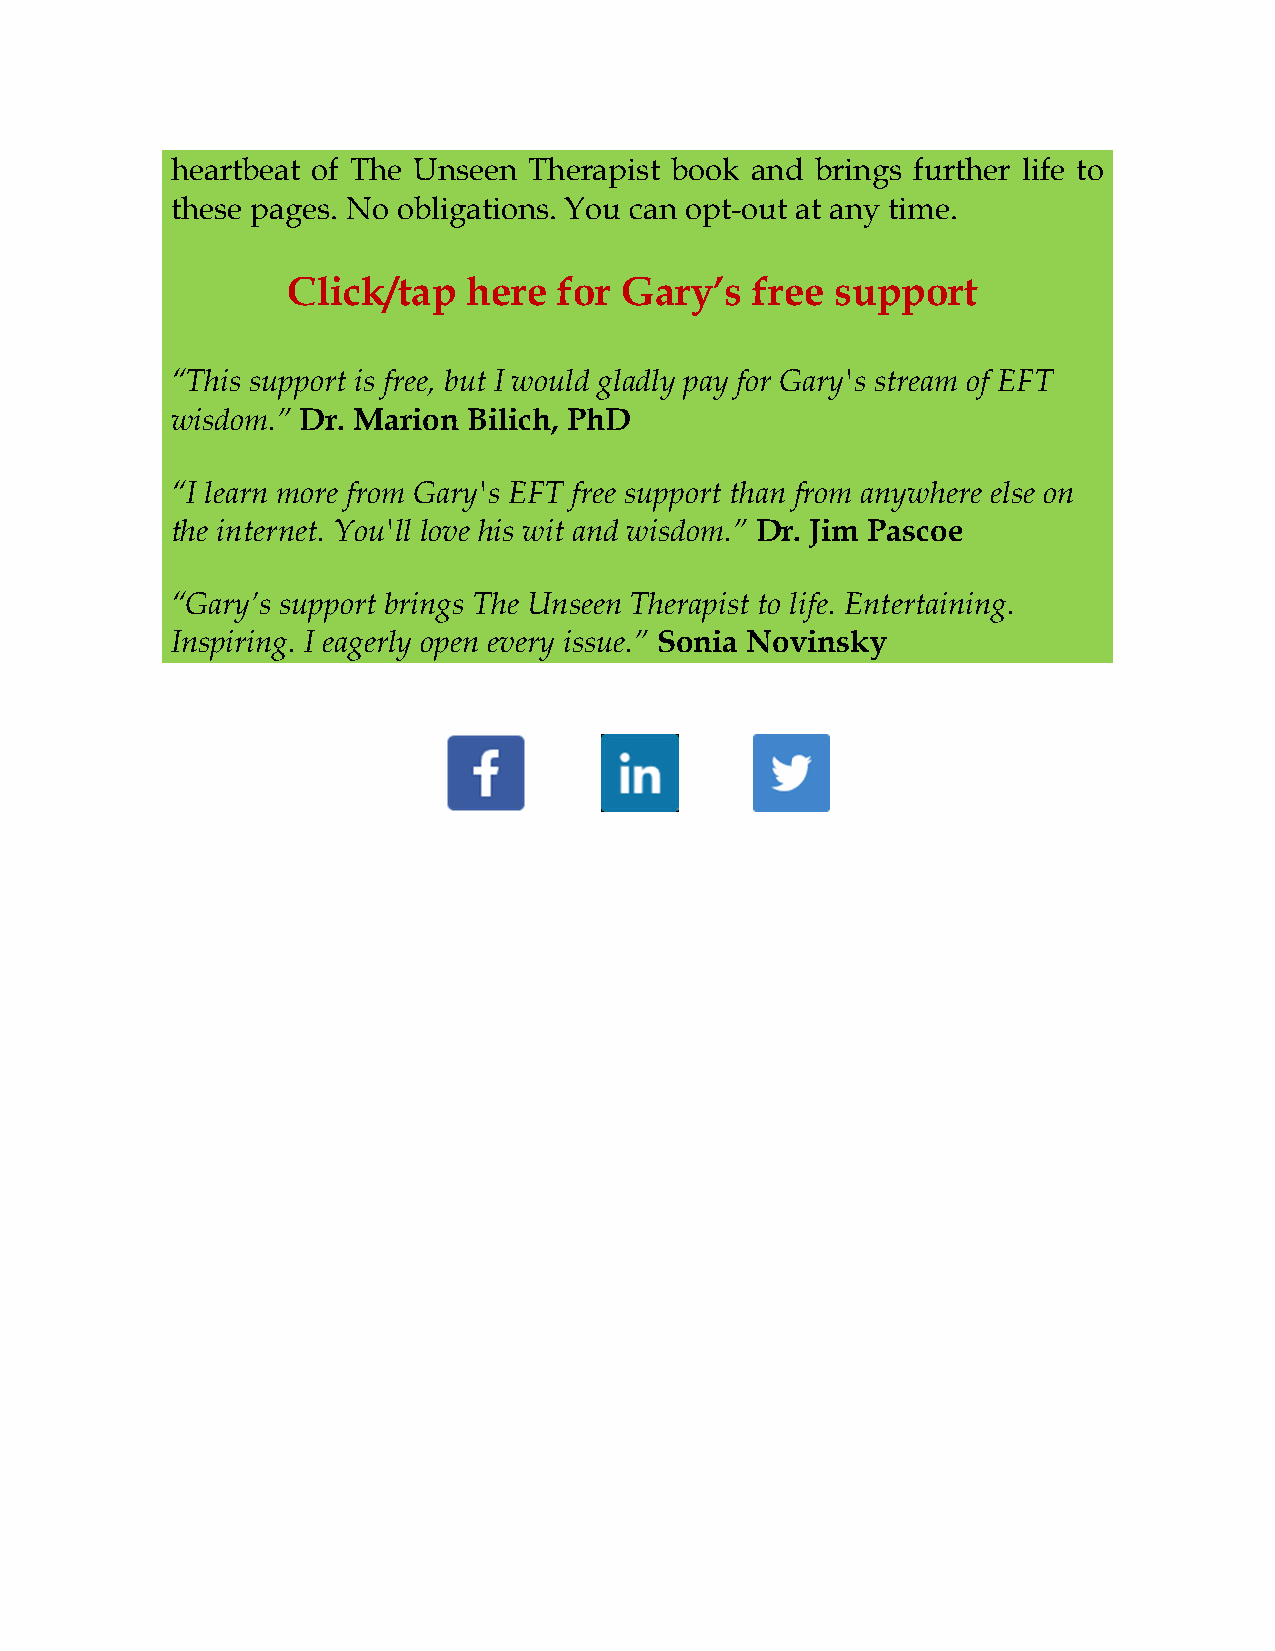
heartbeat of The Unseen Therapist book and brings further life to
 these pages. No obligations. You can opt-out at any time.
 Click/tap   here  for Gary’s   free support
 “This support is free, but I would gladly pay for Gary's stream of EFT
 wisdom.” Dr. Marion Bilich, PhD
 “I learn more from Gary's EFT free support than from anywhere else on
 the internet. You'll love his wit and wisdom.” Dr. Jim Pascoe
 “Gary’s support brings The Unseen Therapist to life. Entertaining.
 Inspiring. I eagerly open every issue.” Sonia Novinsky